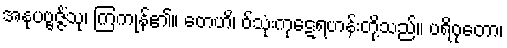
အနုပဗ္ဗဇ္ဇိံသု၊ ကြကုန်၏။ တေဟိ၊ ဝ်သုံးကုဋေရဟန်းတို့သည်။ ပရိဝုတော၊